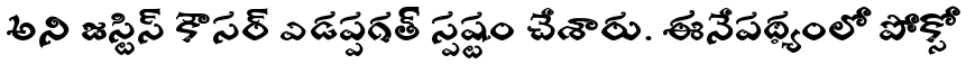
అని జస్టిస్ కౌసర్ ఎడప్పగత్ స్పష్టం చేశారు. ఈనేపథ్యంలో పోక్సో